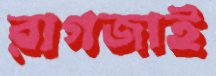
রাগজাই